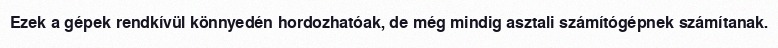
Ezek a gépek rendkívül könnyedén hordozhatóak, de még mindig asztali számítógépnek számítanak.